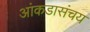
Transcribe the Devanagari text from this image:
आंकडासंचय